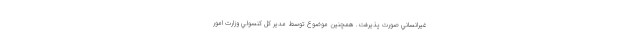
غيرانساني صورت پذيرفت. همچنين موضوع توسط مدير كل كنسولي وزارت امور